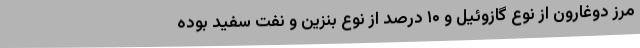
مرز دوغارون از نوع گازوئیل و ۱۰ درصد از نوع بنزین و نفت سفید بوده